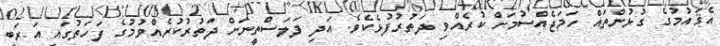
އެޤައުމުގެ ގުޅުންތައް ހަމަޖެއްސުމަށް ކުރެއްވި ދަތުރުފުޅެކެވެ. އަދި ފަލަސްތީނަށް ދަތުރުކުރެއްވުމުގެ ފަހަތުގައި އަރަބި